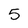
Character: 5